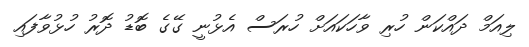
ލިއަމް ދައްކަން ހުރި ވާހަކައަށް ހުރަސް އެޅުނީ ގޭގެ ބޮޑު ދޮރު ހުޅުވާފައި